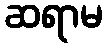
ဆရာမ